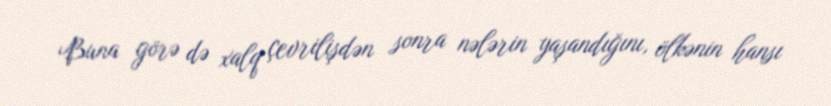
Buna görə də xalq çevrilişdən sonra nələrin yaşandığını, ölkənin hansı